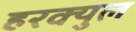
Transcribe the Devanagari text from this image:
हरक्युल